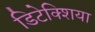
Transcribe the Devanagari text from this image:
डिटेक्शिया